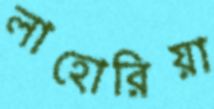
লাহোরিয়া